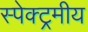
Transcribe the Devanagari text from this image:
स्पेक्ट्रमीय